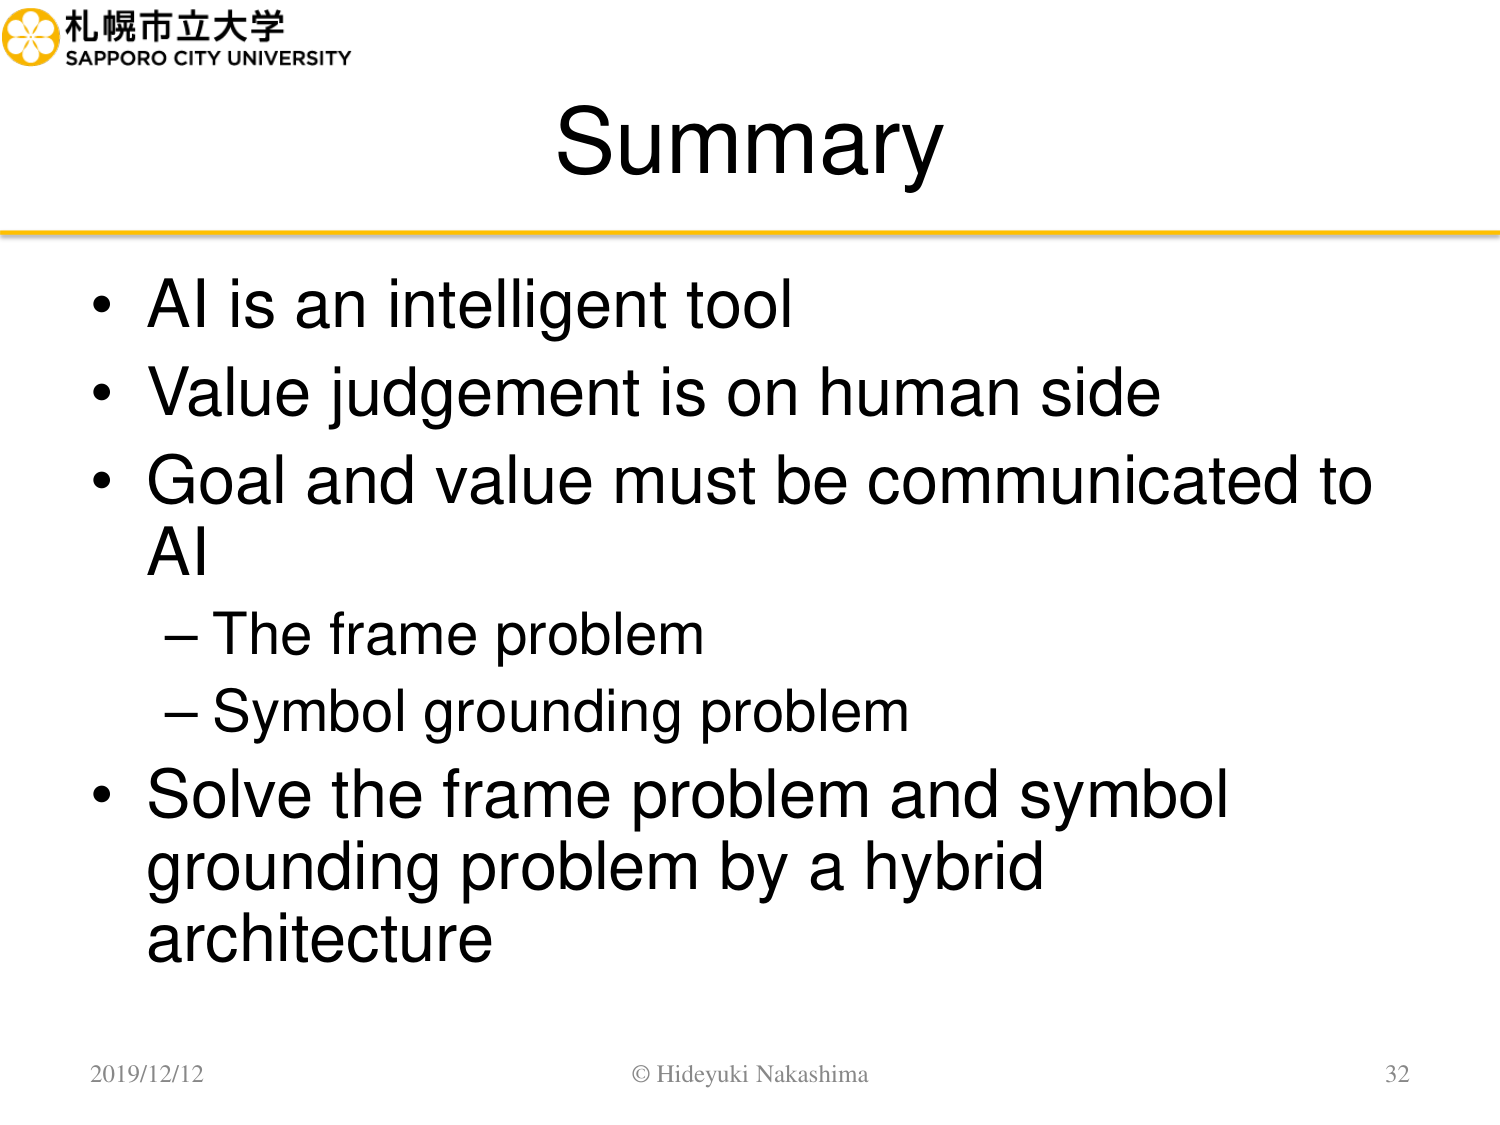
札幌市立大学
SAPPORO CITY UNIVERSITY

Summary

• AI is an intelligent tool
• Value judgement is on human side
• Goal and value must be communicated to AI
   – The frame problem
   – Symbol grounding problem
• Solve the frame problem and symbol grounding problem by a hybrid architecture

2019/12/12
© Hideyuki Nakashima
32